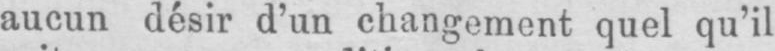
aucun désir d’un changement quel qu’il